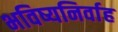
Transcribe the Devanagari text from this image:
भविष्यनिर्वाह